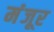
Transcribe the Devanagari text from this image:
मंंजूर